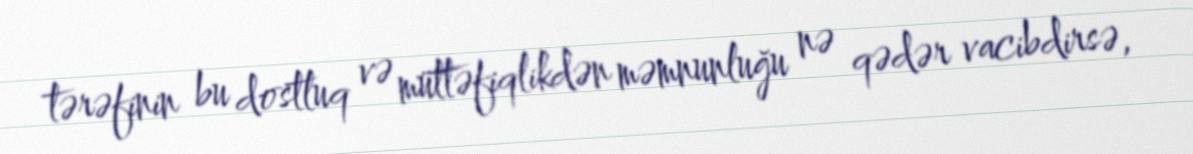
tərəfinin bu dostluq və müttəfiqlikdən məmnunluğu nə qədər vacibdirsə,